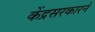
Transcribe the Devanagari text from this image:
केंद्रसरकारने